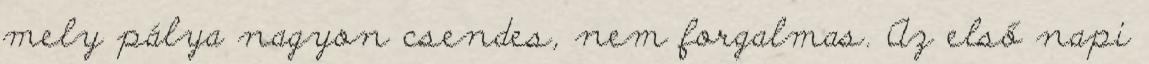
mely pálya nagyon csendes, nem forgalmas. Az első napi